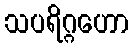
သပရိဂ္ဂဟော